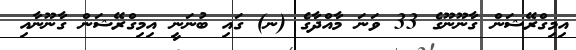
އިމިގްރޭޝަން ގާނޫނޫގެ 33 ވަނަ މާއްދާގެ (ނ) ގައި ބުނަނީ އިމިގްރޭޝަން ގާނޫނާއި